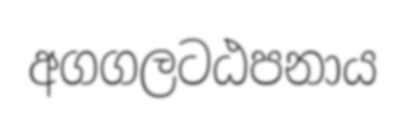
අගගලටඨපනාය